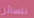
نتسائل